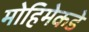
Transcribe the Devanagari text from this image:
मोहिमेकडे